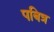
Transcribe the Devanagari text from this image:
पबित्र